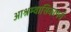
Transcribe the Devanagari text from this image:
आश्रम्वासिकापर्व